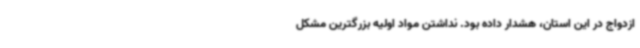
ازدواج در این استان، هشدار داده بود. نداشتن مواد اولیه بزرگترین مشکل